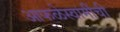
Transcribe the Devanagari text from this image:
आफळेस्वामींची